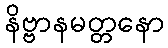
နိဗ္ဗာနမတ္တနော